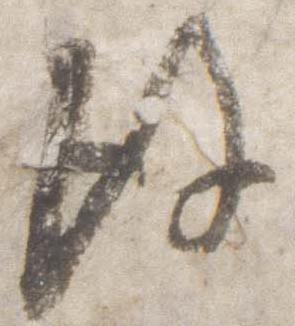
後